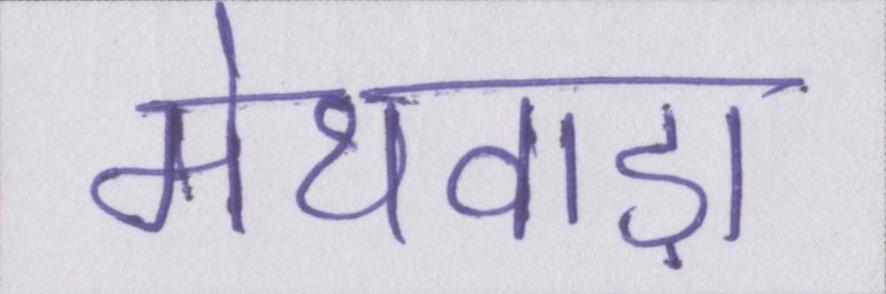
मेथवाड़ा